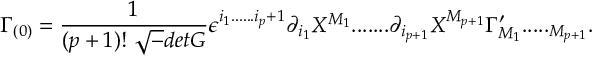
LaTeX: \Gamma _ { ( 0 ) } = { \frac { 1 } { ( p + 1 ) ! ~ { \sqrt - d e t G } } } \epsilon ^ { i _ { 1 } . . . . . . i _ { p } + 1 } \partial _ { i _ { 1 } } X ^ { M _ { 1 } } . . . . . . . \partial _ { i _ { p + 1 } } X ^ { M _ { p + 1 } } \Gamma _ { M _ { 1 } } ^ { \prime } . . . . . _ { M _ { p + 1 } } .